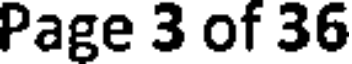
Page 3 of 36